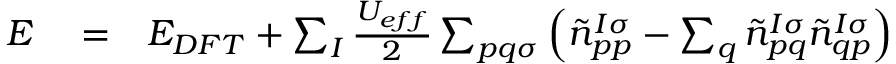
\begin{array} { r l r } { E } & { { } = } & { E _ { D F T } + \sum _ { I } \frac { U _ { e f f } } { 2 } \sum _ { p q \sigma } \left( \tilde { n } _ { p p } ^ { I \sigma } - \sum _ { q } \tilde { n } _ { p q } ^ { I \sigma } \tilde { n } _ { q p } ^ { I \sigma } \right) } \end{array}